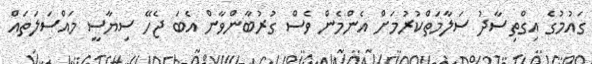
ގައުމުގެ އިގްތިސާދު ސަލާމަތްކުރުމަށް އެންމެން ވެސް ގުރުބާންވާން އެބަ ޖެހޭ ސިޔާސީ މައްސަލަތައް